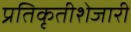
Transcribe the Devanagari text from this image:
प्रतिकृतीशेजारी